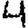
Digit: 4